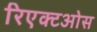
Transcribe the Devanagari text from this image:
रिएक्टओस